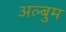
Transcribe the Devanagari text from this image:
अल्बुम